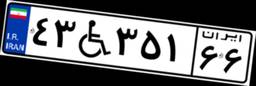
۴۳W۳۵۱۶۶